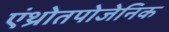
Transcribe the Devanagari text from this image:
एंथ्रोतपोजेनिक